38_143685_box7_Incident_Summaries_1-100
Agency: Department of War
Page 173
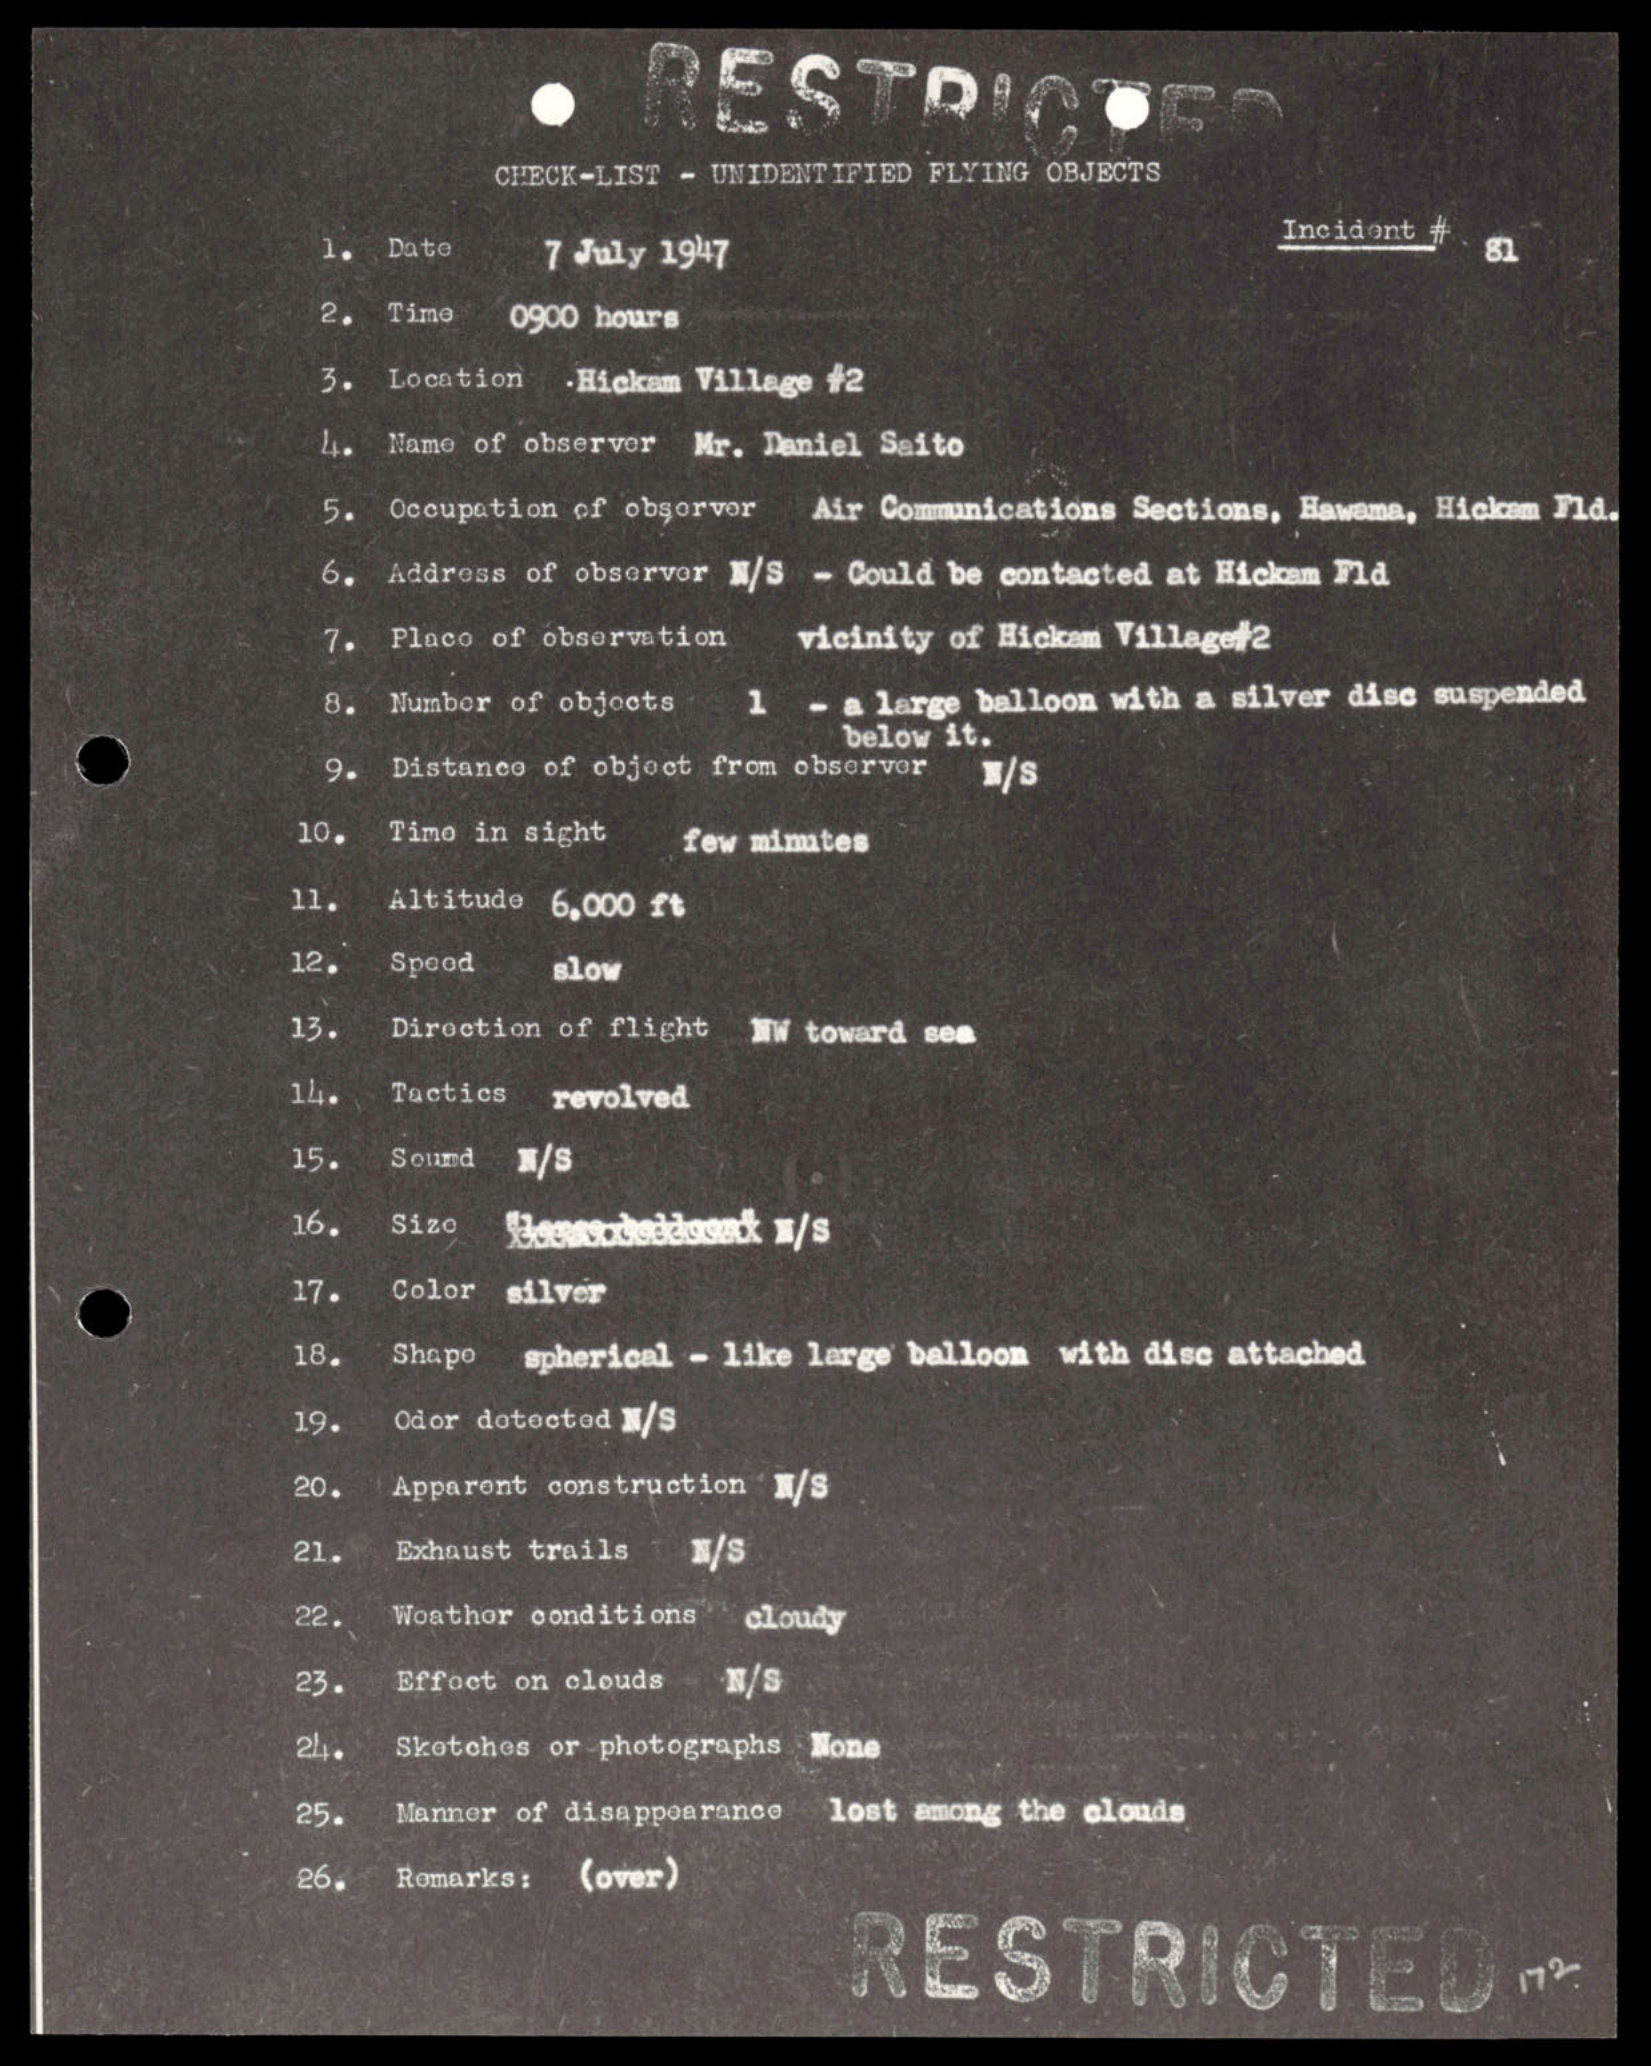